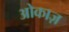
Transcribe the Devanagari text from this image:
ओकाज़